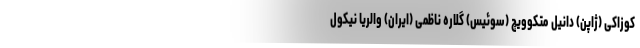
کوزاکی (ژاپن) دانیل متکوویچ (سوئیس) گلاره ناظمی (ایران) والریا نیکول